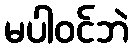
မပါဝင်ဘဲ